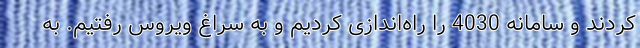
کردند و سامانه 4030 را راه‌اندازی کردیم و به سراغ ویروس رفتیم. به